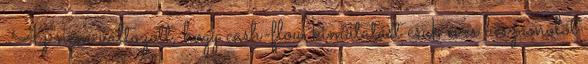
Az nem változott, hogy cash-flow kimutatást csak éves beszámolót